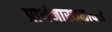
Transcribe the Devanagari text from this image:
प्रार्थनास्थळाकडे